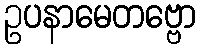
ဥပနာမေတဗ္ဗော